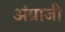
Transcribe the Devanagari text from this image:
अंग्राजी